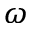
\omega